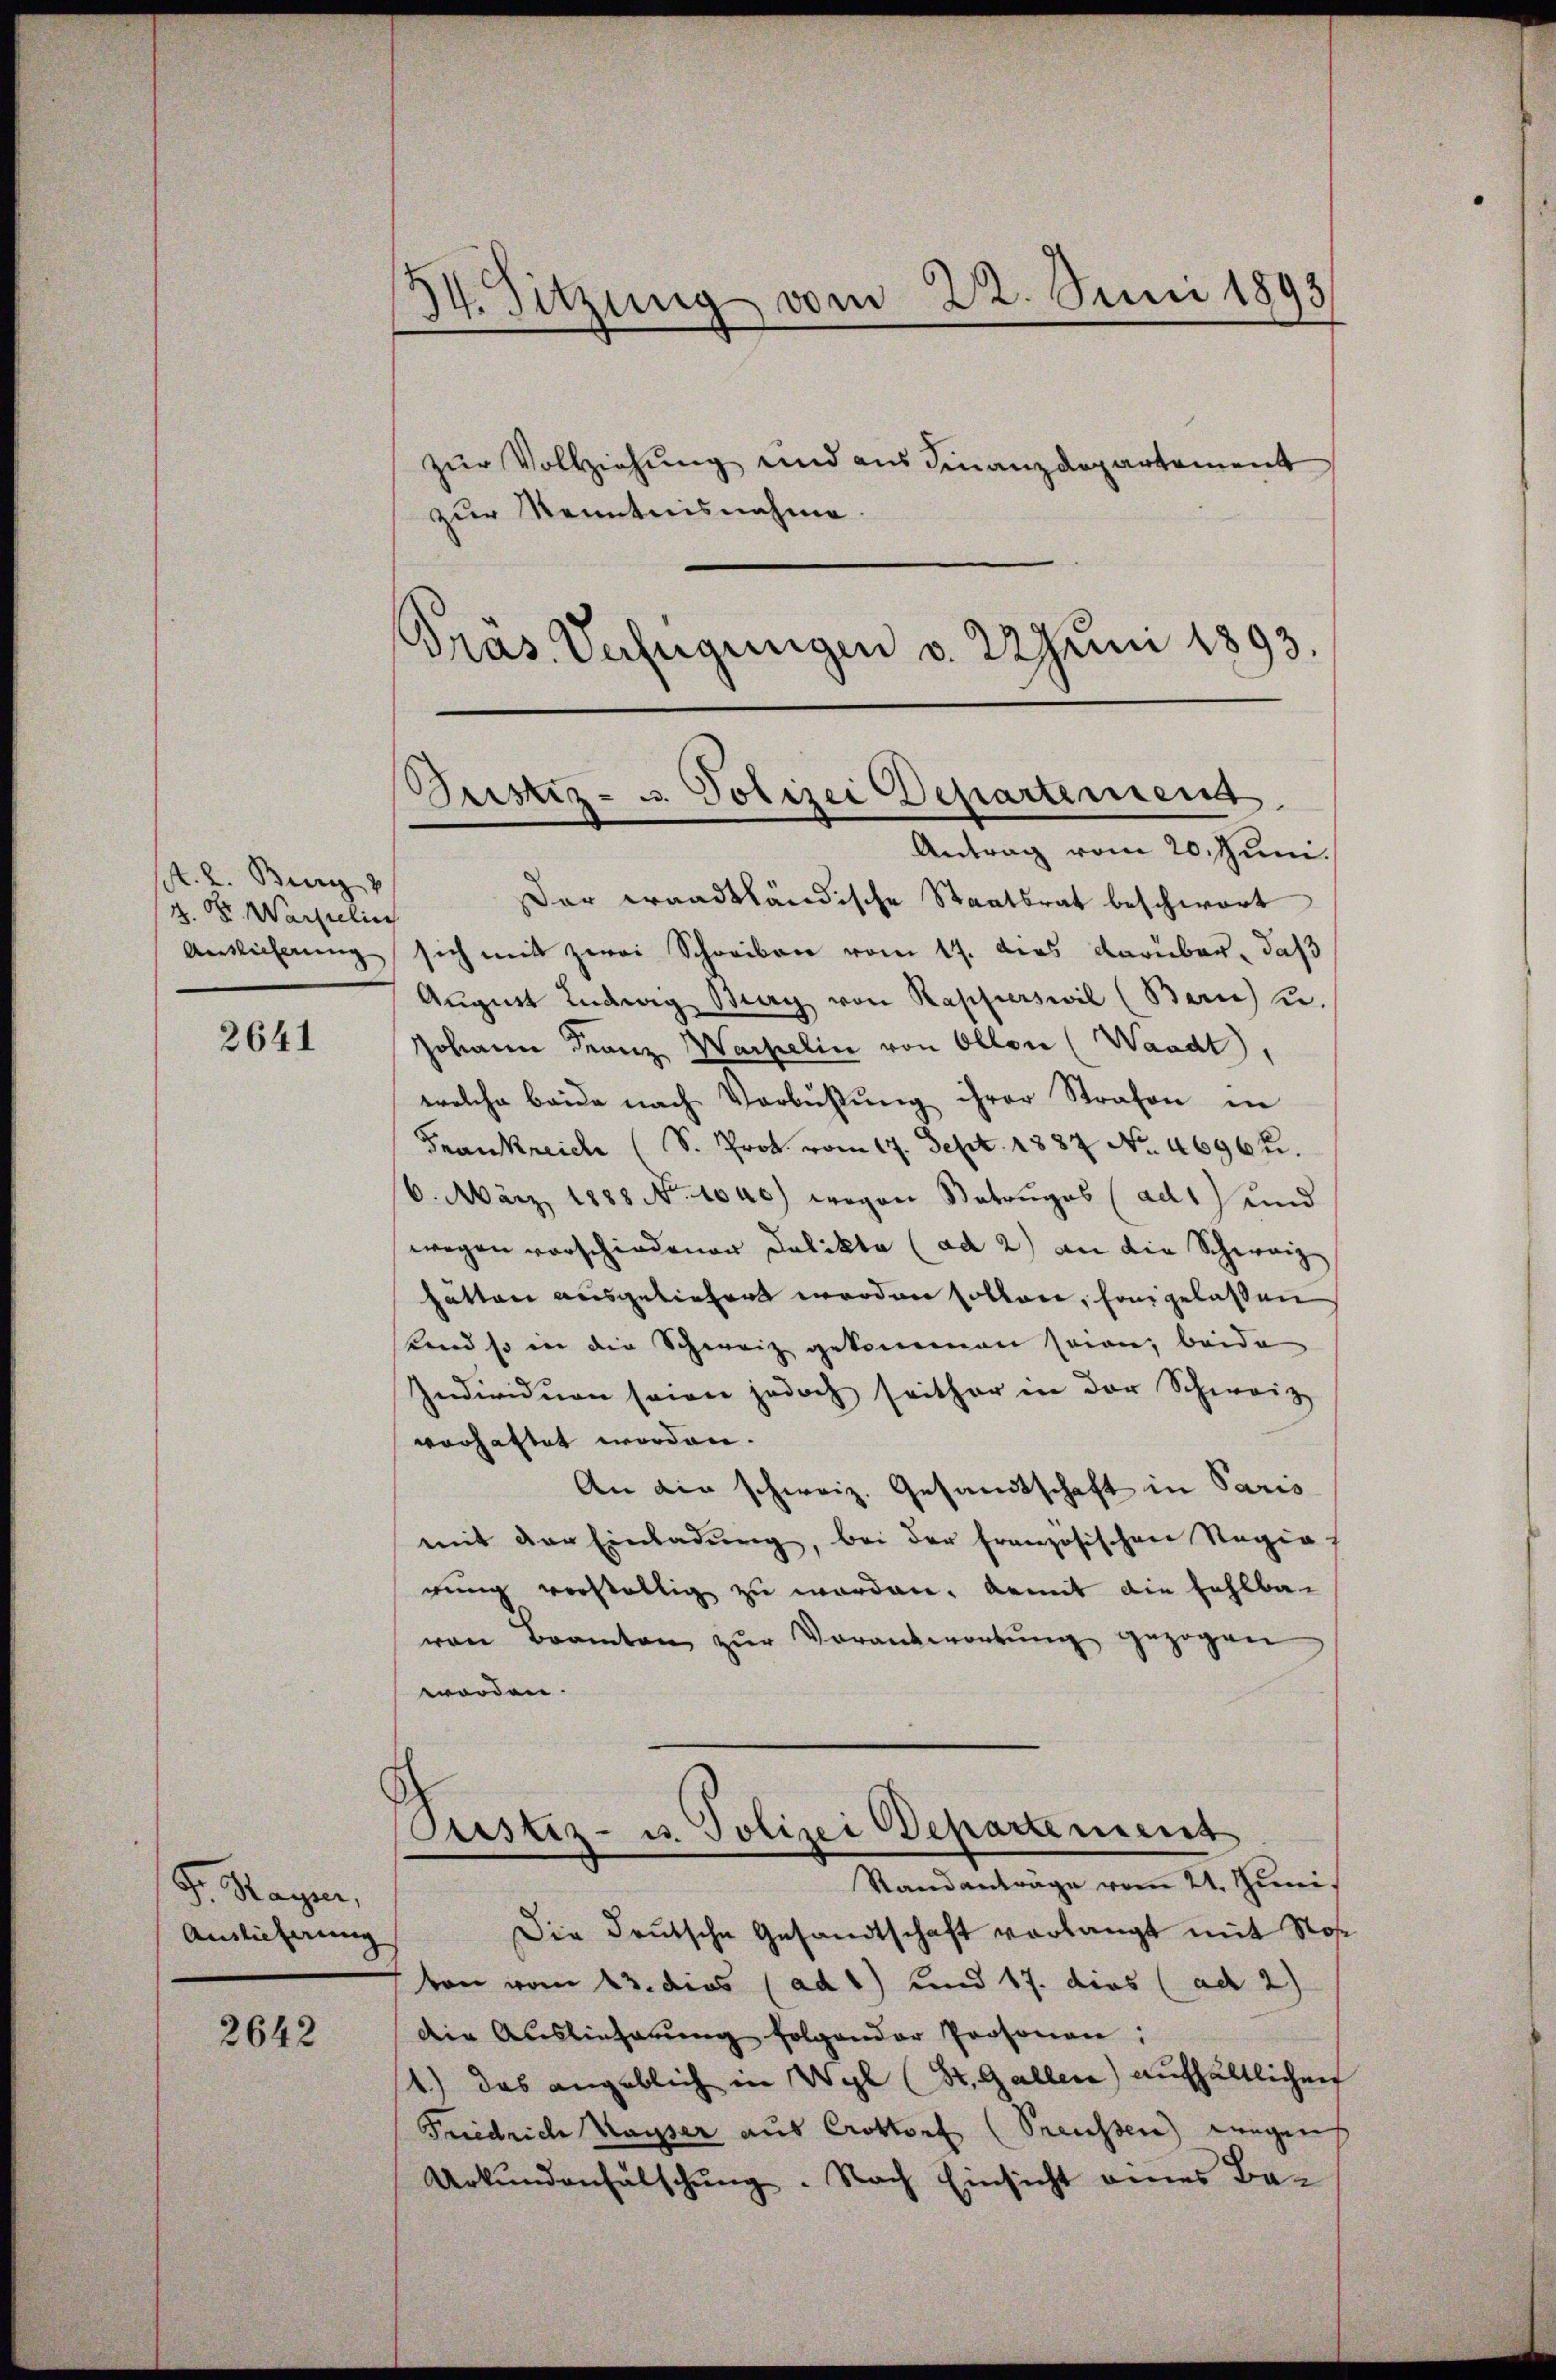
A. 2. Burg
z. Dr. Marielis
Auslieferung

2641

P. Hagen,
Auslicherung

2642

I4. Sitzung vom 22. Juni 1893
zur Vollziehung und aus Finanzdepartement
zur Kenntnisnahme.
Präs. Verfügungen v. Juni 1893.

Justiz- u. Polizei Departement
Antrag vom 20. Juni.

Dar waadtländische Staatsrat beschwort
sich mit zwei Schreiben vom 17. dies darüber, daß
Aŭgust Ludwig Berg von Kapperswil (Bern) u.
Johann Franz Wackelin von Ollon (Waadt)
welche beide nach Verbŭβŭng ihrer Strafen in
Frankreich (S. Prot. vom 17. Sept. 1887 No. 46962.
6. März 1888 No. 1040.) wegen Betruges (ad1) und
wegen vorschiedenen Delikte (ad 2) an die Schweiz
hätten ausgeliefert werden sollen, fangelassen
Land so in die Schweiz gekommen seien, beide
Individuen seien jedoch seither in der Schweize
vorhattet worden.
An die schweiz. Gesandtschaft in Paris
mit der Einladŭng, bei der französischen Regia
rŭng verstellig zŭ werden. Damit die fehlba-
von Beamten zŭr Verantwortŭng gezogen
worden.
Piestez- u. Polizei Departement
Standantrage vom 21. Juni,
Die Deutsche Gesandtschaft verlangt mit Ros
ton vom 23. dies (ad 1) und 17. dies (ad 2)
die Auslieferŭng folgender Prosonen:
1.) Das angeblich in Wyl (St. Gallen) aufhältlichen
Friedrich Kayser aus Crottorf (Sreussen) wegen
Urkŭndenfalschŭng. Nach Einsicht eines Ba-